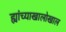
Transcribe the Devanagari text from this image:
ह्यांच्याखालोखाल